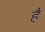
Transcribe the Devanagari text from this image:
हैं